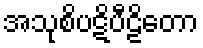
အသုစိပဋိပီဠိတော